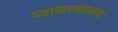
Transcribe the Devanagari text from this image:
व्याकरनातल्या